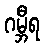
ဂမ္ဘီရ